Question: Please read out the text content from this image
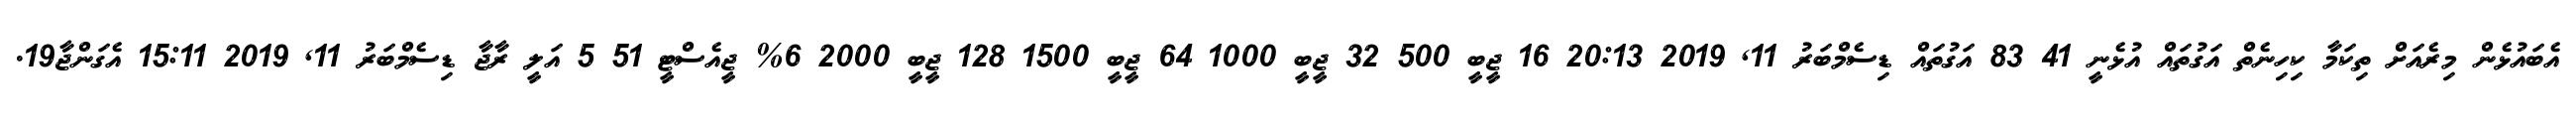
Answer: އެބައުޅެން މިރެއަށް ތިކަމާ ކިހިނެތް އަގުތައް އުޅެނީ 41 83 އަގުތައް ޑިސެމްބަރު 11, 2019 20:13 16 ޖީބީ 500 32 ޖީބީ 1000 64 ޖީބީ 1500 128 ޖީބީ 2000 6% ޖީއެސްޓީ 51 5 އަލީ ރާޖާ ޑިސެމްބަރު 11, 2019 15:11 އެގަންޖާ19.